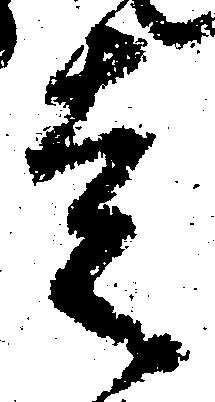
走